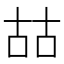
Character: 𠳬